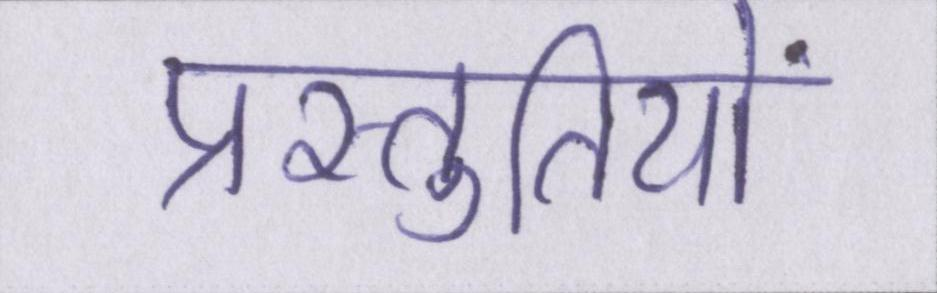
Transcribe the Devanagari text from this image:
प्रस्तुतियों